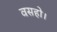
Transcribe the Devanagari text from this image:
वसहो।